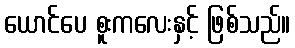
ယောင်ပေ စူးကလေးနှင့် ဖြစ်သည်။